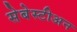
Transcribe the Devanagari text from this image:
सेबेस्टीअन